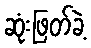
ဆုံးဖြတ်ခဲ့